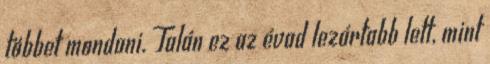
többet mondani. Talán ez az évad lezártabb lett, mint